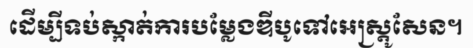
ដើម្បីទប់ស្កាត់ការបម្លែងឌីបូទៅអេស្ត្រូសែន។